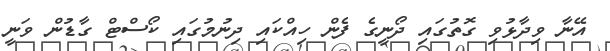
އޭނާ ވިދާޅުވި ގޮތުގައި ދޯނީގެ ފެން ހިއްކައި ދިނުމުގައި ކޯސްޓް ގާޑުން ވަނީ